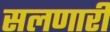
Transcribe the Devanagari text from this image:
सलणारी